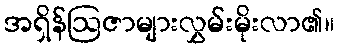
အရှိန်ဩဇာများလွှမ်းမိုးလာ၏။